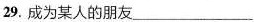
29.成为某人的朋友___